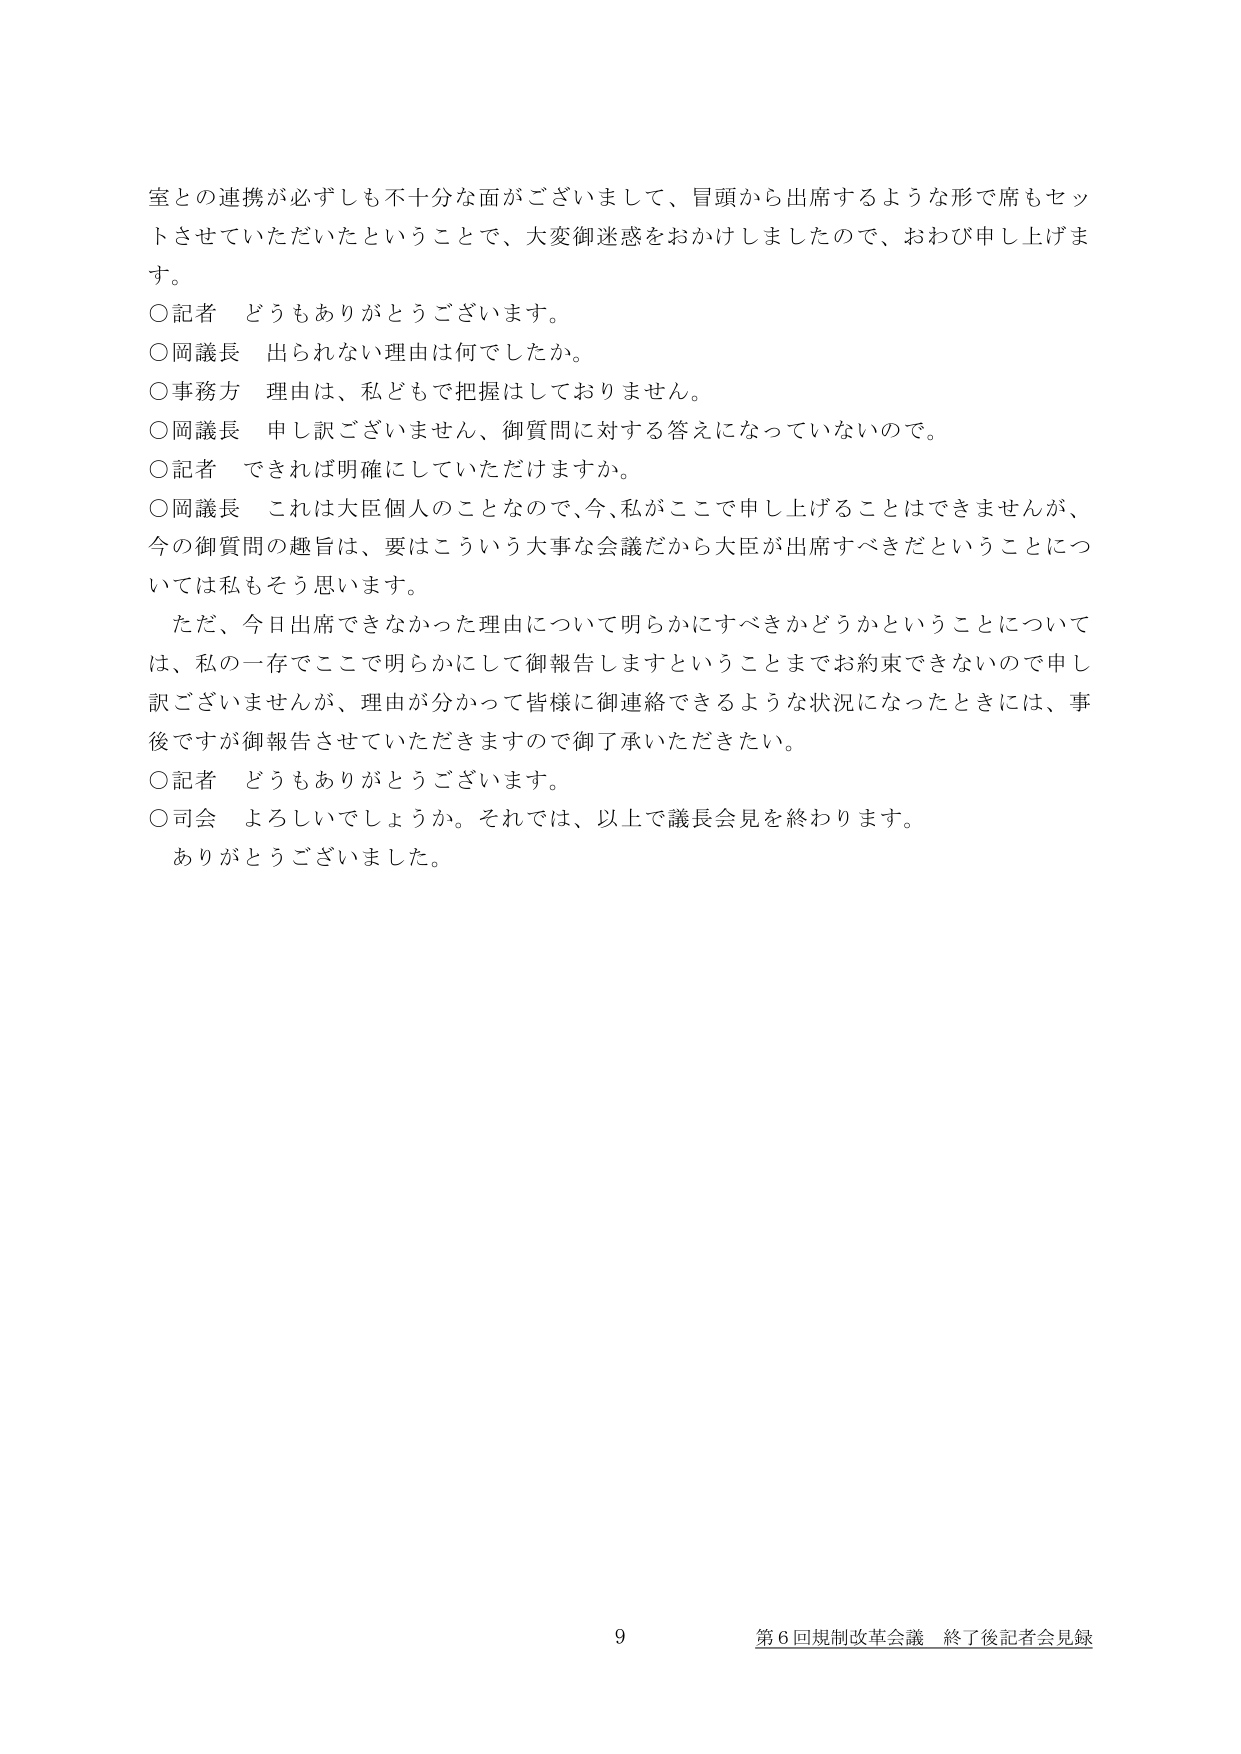
室との連携が必ずしも不十分な面がございまして、冒頭から出席するような形で席もセットさせていただいたということで、大変御迷惑をおかけしましたので、おわび申し上げます。

○記者 どうもありがとうございます。

○岡議長 出られない理由は何でしたか。

○事務方 理由は、私どもで把握はしておりません。

○岡議長 申し訳ございません、御質問に対する答えになっていないので。

○記者 できれば明確にしていただけますか。

○岡議長 これは大臣個人のことなので、今、私がここで申し上げることはできませんが、今の御質問の趣旨は、要はこういう大事な会議だから大臣が出席すべきだということについては私もそう思います。

　ただ、今日出席できなかった理由について明らかにすべきかどうかということについては、私の一存でここで明らかにして御報告しますということまでお約束できないので申し訳ございませんが、理由が分かって皆様に御連絡できるような状況になったときには、事後ですが御報告させていただきますので御了承いただきたい。

○記者 どうもありがとうございます。

○司会 よろしいでしょうか。それでは、以上で議長会見を終わります。

ありがとうございました。

9 第6回規制改革会議 終了後記者会見録